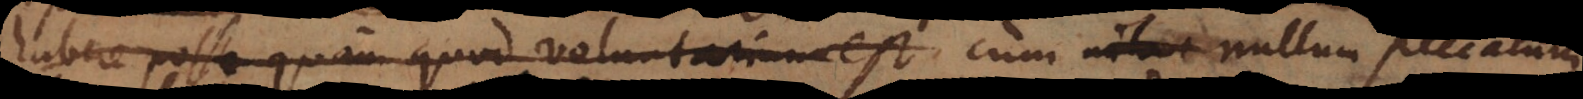
habere posse quam quod voluntarium est, cum nihil